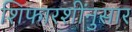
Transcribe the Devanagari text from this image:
शिफारशींनुसार